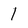
Character: 1